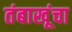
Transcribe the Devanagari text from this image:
तंबाखूंचा